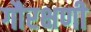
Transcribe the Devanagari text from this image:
गौरक्षणी